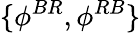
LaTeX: \{ \phi^{BR},\phi^{RB}\}